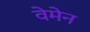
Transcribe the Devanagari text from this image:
वेमेन